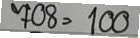
708 = 100